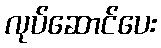
လုပ်ဆောင်ပေး